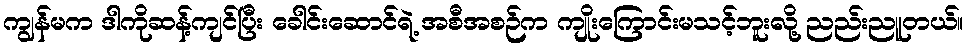
ကျွန်မက ဒါကိုဆန့်ကျင်ပြီး ခေါင်းဆောင်ရဲ့ အစီအစဉ်က ကျိုးကြောင်းမသင့်ဘူးလို့ ညည်းညူတယ်။